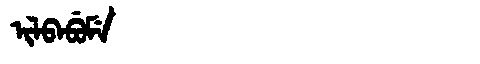
Manchu: ᡳᠯᠪᠠᠪᡠᠮᡝ
Romanization: ILBABUME